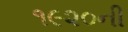
૧૯૨૦ની